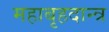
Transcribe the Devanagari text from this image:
महाबृहदान्त्र